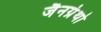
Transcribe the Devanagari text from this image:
जैनग्रंथो